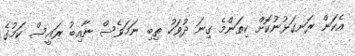
އެކަން ރަނގަޅުނުކޮށް ކިތަންމެ ގިނަ ދުވަހު ތިބި ނަމަވެސް ނާއިބު ރައީސް ކަމުގެ